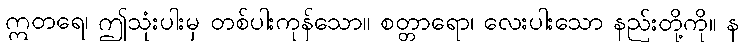
ဣတရေ၊ ဤသုံးပါးမှ တစ်ပါးကုန်သော။ စတ္တာရော၊ လေးပါးသော နည်းတို့ကို။ န